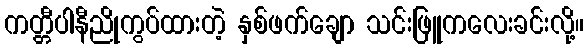
ကတ္တီပါနီညိုကွပ်ထားတဲ့ နှစ်ဖက်ချော သင်းဖြူကလေးခင်းလို့။